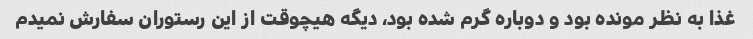
غذا به نظر مونده بود و دوباره گرم شده بود، دیگه هیچوقت از این رستوران سفارش نمیدم